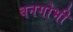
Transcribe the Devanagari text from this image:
बनगोभी